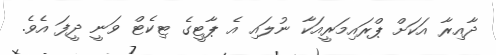
ދާއިރާ އަކަށް ޕްރައިމަރީއަކާ ނުލައި އެ ޕާޓީގެ ޓިކެޓް ވަނީ ދީފަ އެވެ.